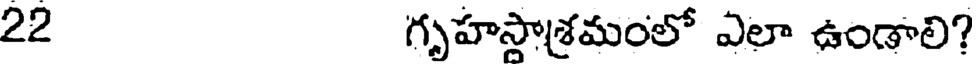
22 గృహస్తాశ్రమంలో ఎలా ఉండాలి?